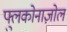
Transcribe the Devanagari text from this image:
फ्लुकोनाज़ोल